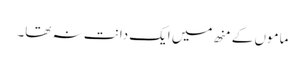
ماموں کے منھ میں ایک دانت نہ تھا۔